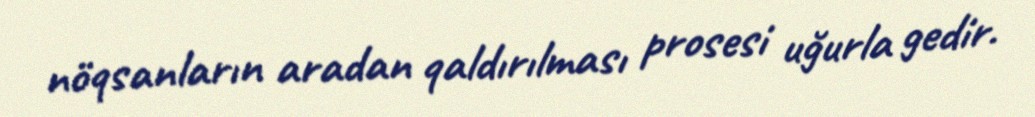
nöqsanların aradan qaldırılması prosesi uğurla gedir.